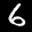
Label: 6